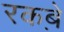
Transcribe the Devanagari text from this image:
रकबे़